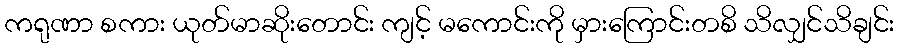
ကရုဏာ စကား ယုတ်မာဆိုးတောင်း ကျင့် မကောင်းကို မှားကြောင်းတစိ သိလျှင်သိချင်း